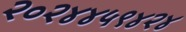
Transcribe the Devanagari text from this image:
२०२४४५९४२४